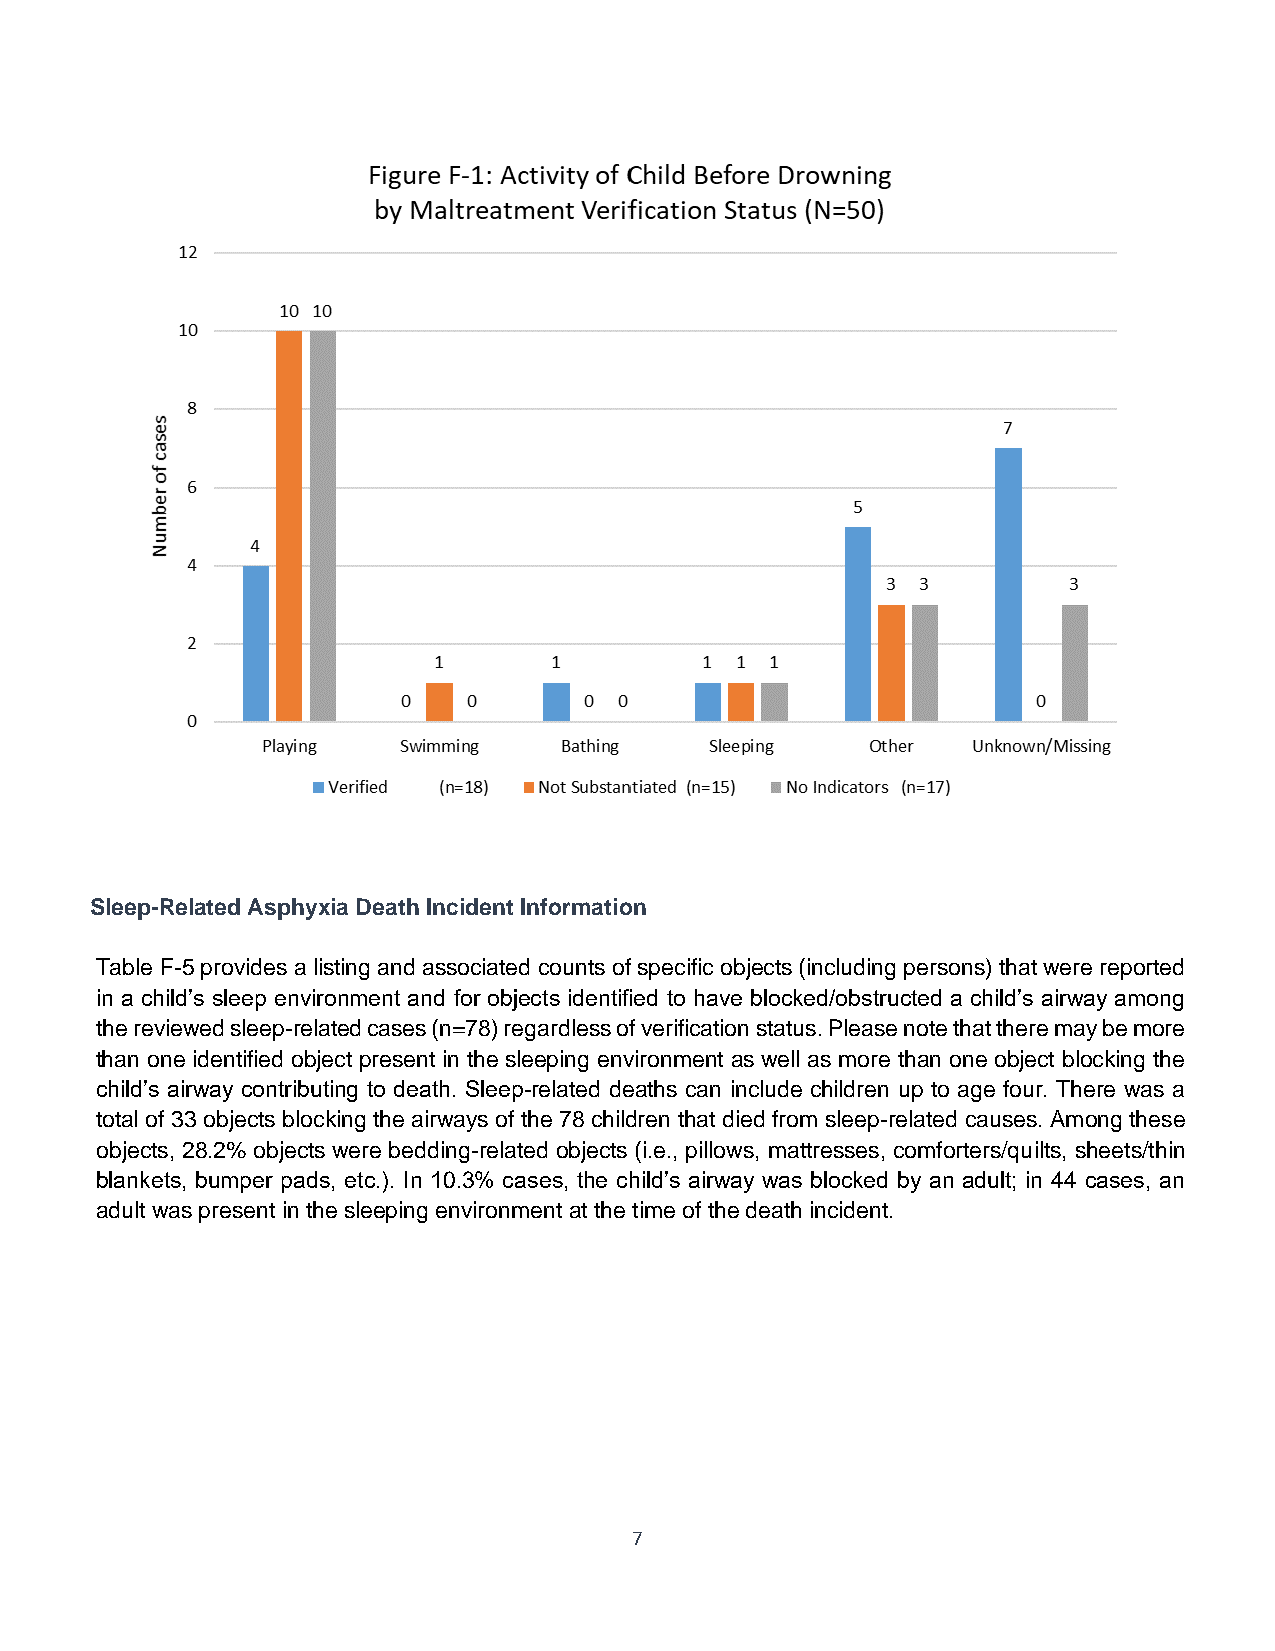
Sleep-Related Asphyxia Death Incident Information
 Table F-5 provides a listing and associated counts of specific objects (including persons) that were reported
 in a child’s sleep environment and for objects identified to have blocked/obstructed a child’s airway among
 the reviewed sleep-related cases (n=78) regardless of verification status. Please note that there may be more
 than one identified object present in the sleeping environment as well as more than one object blocking the
 child’s airway contributing to death. Sleep-related deaths can include children up to age four. There was a
 total of 33 objects blocking the airways of the 78 children that died from sleep-related causes. Among these
 objects, 28.2% objects were bedding-related objects (i.e., pillows, mattresses, comforters/quilts, sheets/thin
 blankets, bumper pads, etc.). In 10.3% cases, the child’s airway was blocked by an adult; in 44 cases, an
 adult was present in the sleeping environment at the time of the death incident.
 7